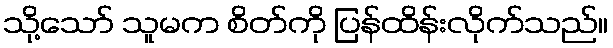
သို့သော် သူမက စိတ်ကို ပြန်ထိန်းလိုက်သည်။